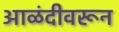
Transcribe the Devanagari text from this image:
आळंदीवरून